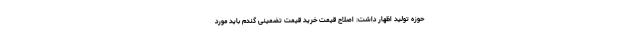
حوزه تولید اظهار داشت: اصلاح قیمت خرید قیمت تضمینی گندم باید مورد